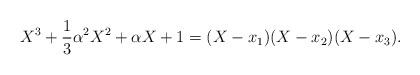
LaTeX: \begin{align*}X^3+\frac{1}{3}\alpha^2X^2+\alpha X+1=(X-x_1)(X-x_2)(X-x_3).\end{align*}